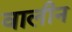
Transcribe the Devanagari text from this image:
वालीन